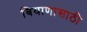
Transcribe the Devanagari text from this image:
बियाणासाठी